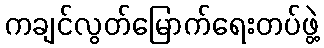
ကချင်လွတ်မြောက်ရေးတပ်ဖွဲ့